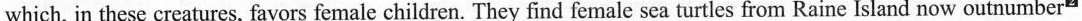
which, in these creatures, favors female children. They find female sea turtles from Raine Island now outnumber"